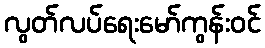
လွတ်လပ်ရေးမော်ကွန်းဝင်